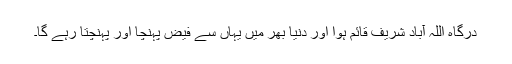
درگاہ اللہ آباد شریف قائم ہوا اور دنیا بھر میں یہاں سے فیض پہنچا اور پہنچتا رہے گا۔